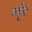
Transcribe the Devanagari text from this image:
मर्दूनी